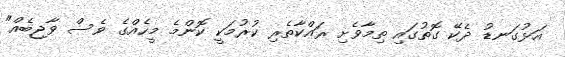
އަޅުގަނޑު ދެކޭ ގޮތުގައި ތިމާވެށި ރައްކާތެރި ކުރުމަކީ ކޮންމެ މީހެއްގެ ވެސް ވާޖިބެއް"